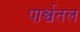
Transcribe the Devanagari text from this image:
पार्श्वतल